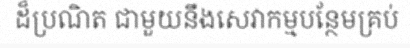
ដ៏ប្រណិត ជាមួយនឹងសេវាកម្មបន្ថែមគ្រប់